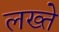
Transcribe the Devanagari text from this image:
लख्ते